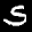
Label: 5